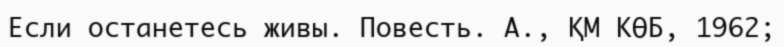
Если останетесь живы. Повесть. А., ҚМ КӨБ, 1962;